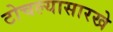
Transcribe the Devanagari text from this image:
टोचल्यासारखे